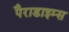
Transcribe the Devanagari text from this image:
पैराडाइम्स